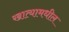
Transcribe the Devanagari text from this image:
खात्यामधील